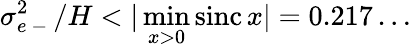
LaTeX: \sigma_{e\mathrm{~-~}}^{2}/H<|\operatorname*{min}_{x>0}\operatorname{sinc}x|=0.217\dots